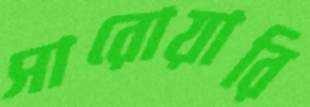
সারোয়ারি